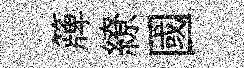
簰繚國